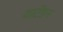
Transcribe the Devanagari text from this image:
याटेंडन